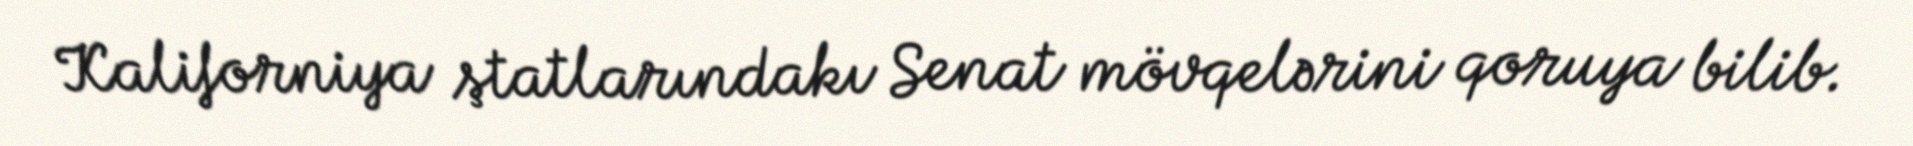
Kaliforniya ştatlarındakı Senat mövqelərini qoruya bilib.